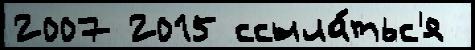
2007 2015 ссыла́тьс'я